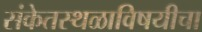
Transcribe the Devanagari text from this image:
संकेतस्थळाविषयीचा